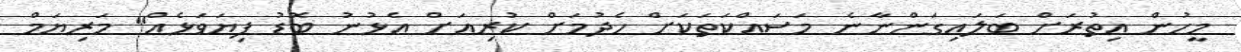
މީހުން އިތުރަށް ބަލައިގަންނާނެ މަސައްކަތަކަށް ހެދުމަށް ކުރިއަށް އެޅުނު ބޮޑު ފިޔަވަޅެއް" މަރިޔަމް